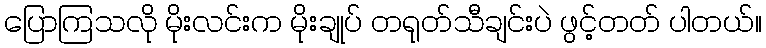
ပြောကြသလို မိုးလင်းက မိုးချုပ် တရုတ်သီချင်းပဲ ဖွင့်တတ် ပါတယ်။